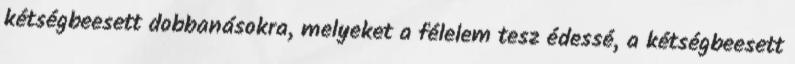
kétségbeesett dobbanásokra, melyeket a félelem tesz édessé, a kétségbeesett